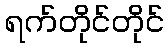
ရက်တိုင်တိုင်